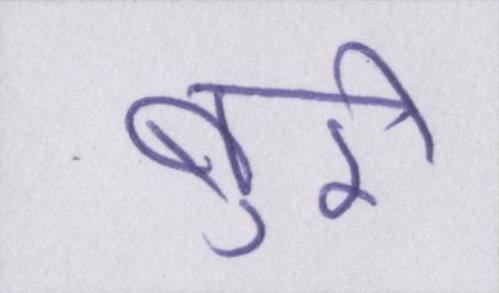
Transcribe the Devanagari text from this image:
बुरी